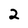
Character: 2